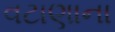
વટાણાના